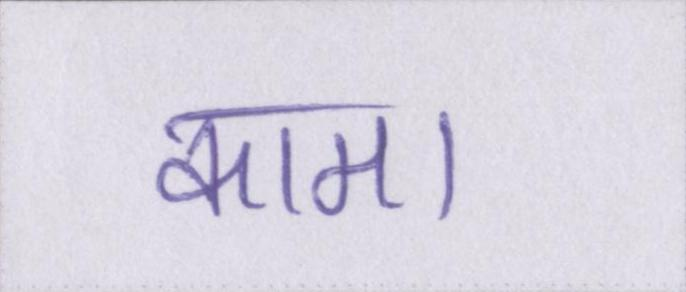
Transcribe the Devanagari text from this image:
काम।